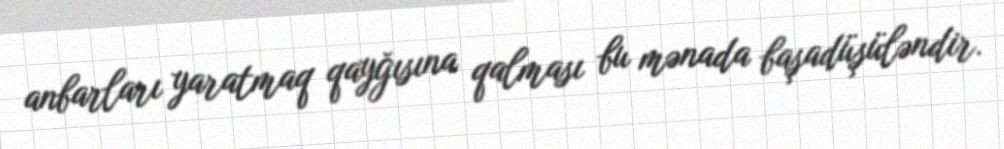
anbarları yaratmaq qayğısına qalması bu mənada başadüşüləndir.